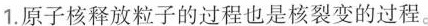
1.原子核释放粒子的过程也是核裂变的过程。